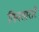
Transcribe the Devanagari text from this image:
गिनतारारे